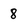
Character: 8